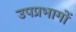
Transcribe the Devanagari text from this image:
उपप्रभागों